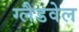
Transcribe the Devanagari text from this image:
ग्लैडवेल